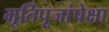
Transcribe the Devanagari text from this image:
मूर्तिपूजांपेक्षा